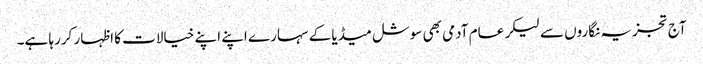
آج تجزیہ نگاروں سے لیکر عام آدمی بھی سوشل میڈیا کے سہارے اپنے اپنے خیالات کا اظہار کررہا ہے۔